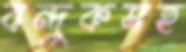
বন্দুকসহ